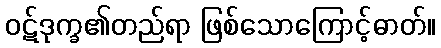
ဝဋ်ဒုက္ခ၏တည်ရာ ဖြစ်သောကြောင့်ဓာတ်။